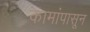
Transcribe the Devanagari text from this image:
कामांपासून